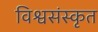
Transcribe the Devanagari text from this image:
विश्वसंस्कृत